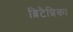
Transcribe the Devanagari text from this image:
ब्रिटैन्निका